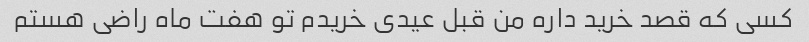
کسی که قصد خرید داره من قبل عیدی خریدم تو هفت ماه راضی هستم